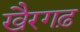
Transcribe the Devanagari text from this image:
खैरगढ़